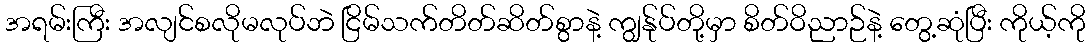
အရမ်းကြီး အလျင်စလိုမလုပ်ဘဲ ငြိမ်သက်တိတ်ဆိတ်စွာနဲ့ ကျွန်ုပ်တို့မှာ စိတ်ဝိညာဉ်နဲ့ တွေ့ဆုံပြီး ကိုယ့်ကို